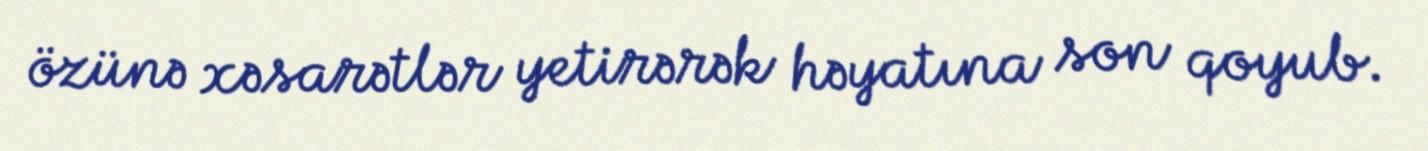
özünə xəsarətlər yetirərək həyatına son qoyub.